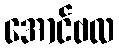
အောင်ဗလ